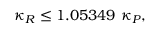
\kappa _ { R } \leq 1 . 0 5 3 4 9 ~ \kappa _ { P } ,